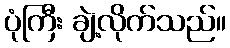
ပုံကြီး ချဲ့လိုက်သည်။